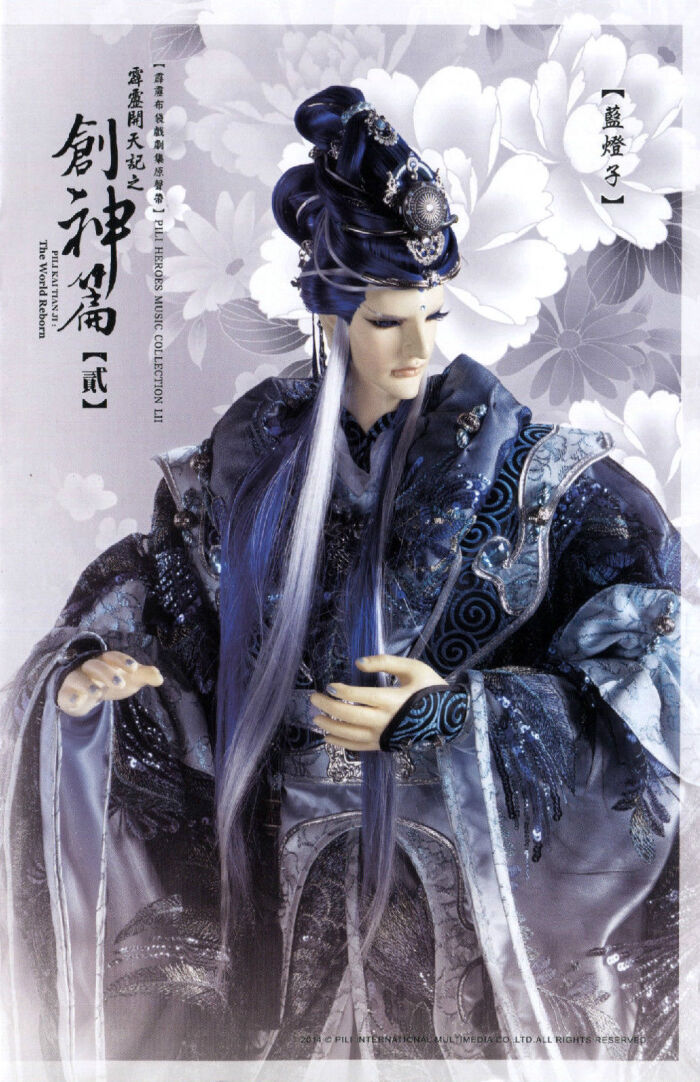
霸业成空，遗恨无穷。